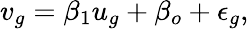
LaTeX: v_{g}=\beta_{1}u_{g}+\beta_{o}+\epsilon_{g},